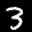
Label: 3